Indian journal of veterinary science and animal husbandry - Volume 2,
Year: 1932
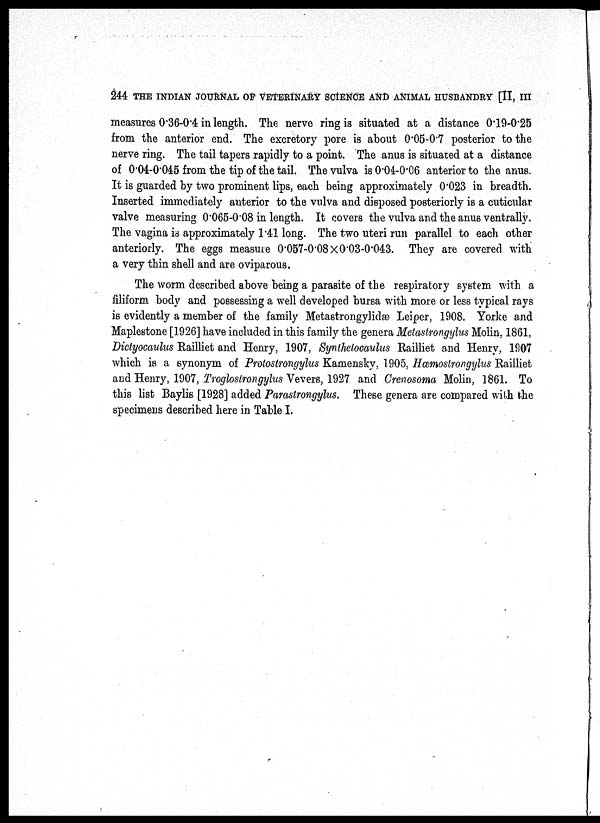
244 THE INDIAN JOURNAL OF VETERINARY SCIENCE AND ANIMAL HUSBANDRY [II, III
measures 0.36-0.4 in length. The nerve ring is situated at a distance 0.19-0.25
from the anterior end. The excretory pore is about 0.05-0.7 posterior to the
nerve ring. The tail tapers rapidly to a point. The anus is situated at a distance
of 0.04-0.045 from the tip of the tail. The vulva is 0.04-0.06 anterior to the anus.
It is guarded by two prominent lips, each being approximately 0.023 in breadth.
Inserted immediately anterior to the vulva and disposed posteriorly is a cuticular
valve measuring 0.065-0.08 in length. It covers the vulva and the anus ventrally.
The vagina is approximately 1.41 long. The two uteri run parallel to each other
anteriorly. The eggs measure 0.057-0.08×0.03-0.043. They are covered with
a very thin shell and are oviparous.
The worm described above being a parasite of the respiratory system with a
filiform body and possessing a well developed bursa with more or less typical rays
is evidently a member of the family Metastrongylidæ Leiper, 1908. Yorke and
Maplestone [1926] have included in this family the genera Metastrongylus Molin, 1861,
Dictyocaulus Railliet and Henry, 1907, Synthetocaulus Railliet and Henry, 1907
which is a synonym of Protostrongylus Kamensky, 1905, Hœmostrongylus Railliet
and Henry, 1907, Troglostrongylus Vevers, 1927 and Crenosoma Molin, 1861. To
this list Baylis [1928] added Parastrongylus. These genera are compared with the
specimens described here in Table I.